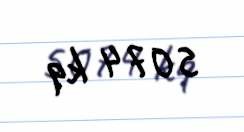
5074 kq